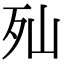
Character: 𣧈